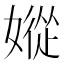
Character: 㜡